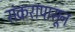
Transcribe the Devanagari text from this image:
संकरापासून